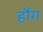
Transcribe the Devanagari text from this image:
हौग